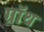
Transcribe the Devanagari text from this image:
ग्रॉथ